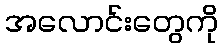
အလောင်းတွေကို